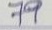
79